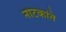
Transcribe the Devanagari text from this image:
नाटकांते